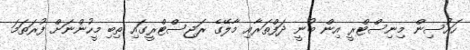
ހައުސިން މިނިސްޓްރީ އިން ބުނީ ދަފްތަރާއި މާލޭގެ ރަޖިސްޓްރީގައި ތިބި މީހުންނަށް ފުރަތަމަ